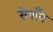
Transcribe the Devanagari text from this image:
सेवाँय